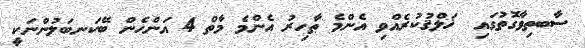
ސާބތިވާގޮތުގައި  ޚަލްޤުކުރެއްވި އެންމެ ޠާހިރު އެންމެ މާތް 4 އަންހެން ބޭކަނބަލުންނަކީ